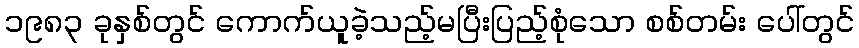
၁၉၈၃ ခုနှစ်တွင် ကောက်ယူခဲ့သည့်မပြီးပြည့်စုံသော စစ်တမ်း ပေါ်တွင်